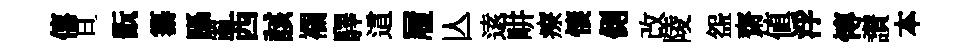
僖旦翫纂躡亂西該襴驛這履亾逺畊療悽側改陵盌齋值浮慱讃本